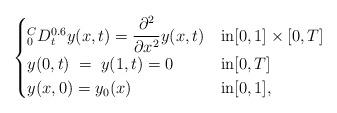
LaTeX: \begin{align*}\begin{cases}^{C}_{0}D_{t}^{0.6}y(x,t)= \displaystyle \frac{\partial^{2}} {\partial x^{2}} y(x,t)& \hbox{in} [0,1]\times[0,T] \\y(0,t) \;= \;y(1,t) = 0 & \hbox{in} [0,T]\\ y(x,0) = y_{0}(x) & \hbox{in} [0,1],\end{cases}\end{align*}